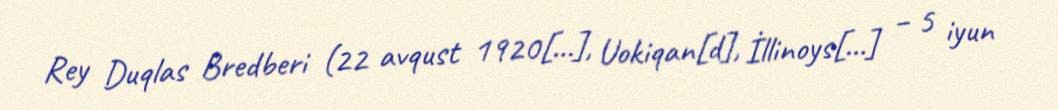
Rey Duqlas Bredberi (22 avqust 1920[…], Uokiqan[d], İllinoys[…] – 5 iyun